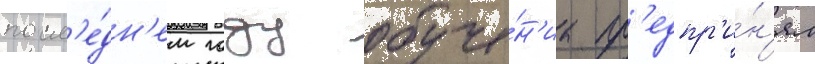
посл'е́дн'ем году обуче́н'иа пр'едпр'и́н'ял